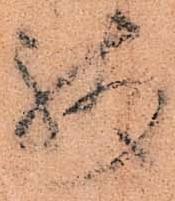
残